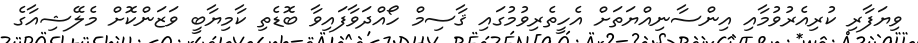
ވިޔަފާރި ކުރިއެރުވުމާއި އިންސާނިއްޔަތަށް އެހީތެރިވުމުގައި ޤާސިމް ހޯއްދަވާފައިވާ ބޮޑެތި ކާމިޔާބީ ވަޒަންކޮށް މެލޭޝިއާގެ